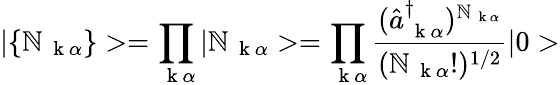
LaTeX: |\{ \mathbb{N}_{\mathrm{{~\mathbf{~}k~}}\alpha}\} >=\prod_{\mathrm{{~\mathbf{~}k~}}\alpha}|\mathbb{N}_{\mathrm{{~\mathbf{~}k~}}\alpha}>=\prod_{\mathrm{{~\mathbf{~}k~}}\alpha}\frac{{(\hat{{a}}_{\mathrm{{~\mathbf{~}k~}}\alpha}^{\dagger})^{\mathbb{N}_{\mathrm{{~\mathbf{~}k~}}\alpha}}}}{{(\mathbb{N}_{\mathrm{{~\mathbf{~}k~}}\alpha}!)^{1/2}}}|0>